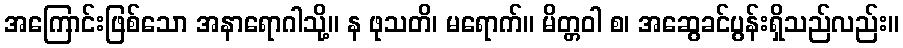
အကြောင်းဖြစ်သော အနာရောဂါသို့။ န ဖုသတိ၊ မရောက်။ မိတ္တဝါ စ၊ အဆွေခင်ပွန်းရှိသည်လည်း။